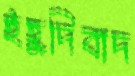
ইহুদিবাদ